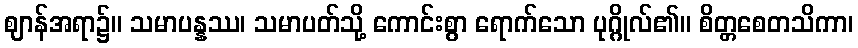
ဈာန်အရာ၌။ သမာပန္နဿ၊ သမာပတ်သို့ ကောင်းစွာ ရောက်သော ပုဂ္ဂိုလ်၏။ စိတ္တစေတသိကာ၊